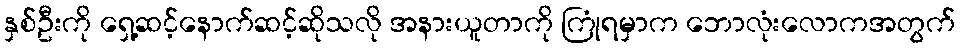
နှစ်ဦးကို ရှေ့ဆင့်နောက်ဆင့်ဆိုသလို အနားယူတာကို ကြုံရမှာက ဘောလုံးလောကအတွက်